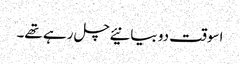
اسوقت دو بیانیئے چل رہے تھے۔